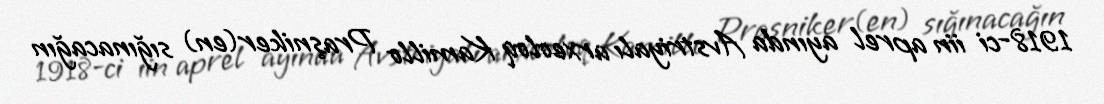
1918-ci iin aprel ayında Avstriyalı arxeoloq Kamillo Praşniker(en) sığınacağın